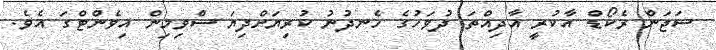
ސަޖަން ރެކޯޑް އާކުރީ އާދިއްތަ ދުވަހުގެ ހެނދުނު ކުރިޔަށްދިޔަ ސްވިމިން އިވެންޓްގަ އެވެ.